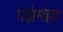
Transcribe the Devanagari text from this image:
गई।मंहत